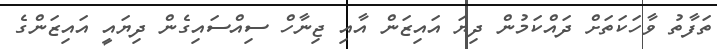
ތަފާތު ވާހަކަތަށް ދައްކަމުން ދިޔަ އައިޒަން އާއި ޖިނާހް ސިއްސައިގެން ދިޔައީ އައިޒަންގެ